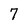
Character: 7